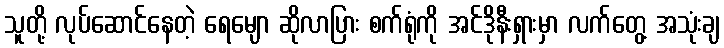
သူတို့ လုပ်ဆောင်နေတဲ့ ရေမျော ဆိုလာပြား စက်ရုံကို အင်ဒိုနီးရှားမှာ လက်တွေ့ အသုံးချ